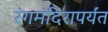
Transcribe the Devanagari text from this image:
रंगमंदिरापर्यंत